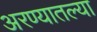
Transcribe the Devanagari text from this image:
अरण्यातल्या